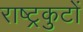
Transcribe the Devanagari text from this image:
राष्‍ट्रकुटों